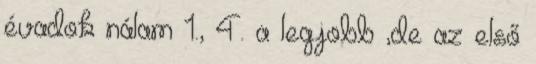
évadok nálam 1., 4. a legjobb ,de az első